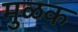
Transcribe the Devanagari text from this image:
मुळक